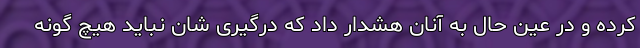
کرده و در عین حال به آنان هشدار داد که درگیری شان نباید هیچ گونه